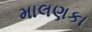
માલણકા